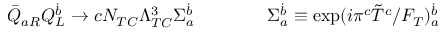
\bar { Q } _ { a R } Q _ { L } ^ { \dot { b } } \rightarrow c N _ { T C } \Lambda _ { T C } ^ { 3 } \Sigma _ { a } ^ { \dot { b } } \qquad \qquad \Sigma _ { a } ^ { \dot { b } } \equiv \exp ( i \pi ^ { c } \tilde { T } ^ { c } / F _ { T } ) _ { a } ^ { \dot { b } }